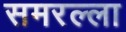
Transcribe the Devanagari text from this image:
समरल्ला